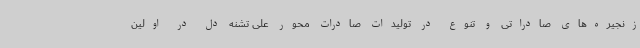
زنجیره‌های صادراتی و تنوع در تولیدات صادرات محور علی تشنه دل در اولین